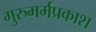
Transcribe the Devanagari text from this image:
गुरुमर्मप्रकाश